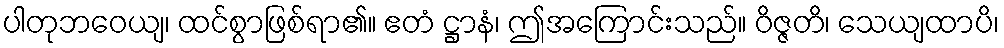
ပါတုဘဝေယျ၊ ထင်စွာဖြစ်ရာ၏။ ဧတံ ဋ္ဌာနံ၊ ဤအကြောင်းသည်။ ဝိဇ္ဇတိ၊ သေယျထာပိ၊